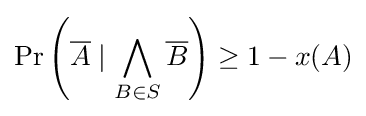
\Pr \left({\overline {A}}\mid \bigwedge _{B\in S}{\overline {B}}\right)\geq 1-x(A)